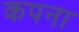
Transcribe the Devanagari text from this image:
कपना